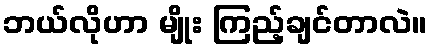
ဘယ်လိုဟာ မျိုး ကြည့်ချင်တာလဲ။